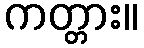
ကတ္တား။